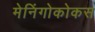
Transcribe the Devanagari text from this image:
मेनिंगोकोकस